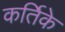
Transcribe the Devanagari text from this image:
कर्तिके